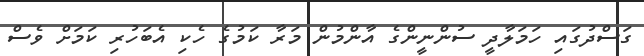
ގަސްދުގައި ހަމަލާދީ ސުންނީންގެ އާންމުން މަރާ ކަމުގެ ހެކި އެބަހުރި ކަމަށް ވެސް